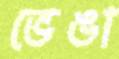
ভেঙা